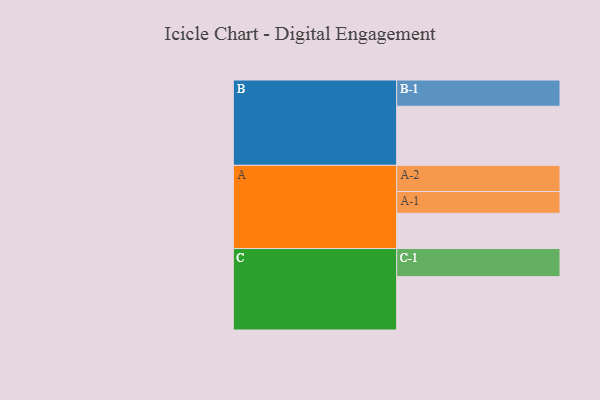
{"axis": {"x": "Segment", "y": "Value"}, "legend": ["", "A", "B", "C"], "data": [{"x": "A", "y": 346, "type": ""}, {"x": "B", "y": 580, "type": ""}, {"x": "C", "y": 524, "type": ""}, {"x": "A-1", "y": 214, "type": "A"}, {"x": "A-2", "y": 257, "type": "A"}, {"x": "B-1", "y": 258, "type": "B"}, {"x": "C-1", "y": 276, "type": "C"}]}